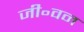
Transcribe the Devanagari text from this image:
जी॰वन